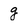
Character: g